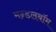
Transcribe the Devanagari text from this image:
मन्डलबॉम